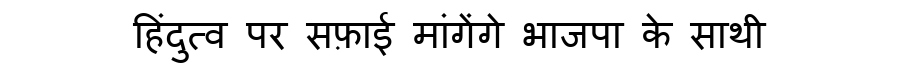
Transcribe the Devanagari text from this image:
हिंदुत्व पर सफ़ाई मांगेंगे भाजपा के साथी